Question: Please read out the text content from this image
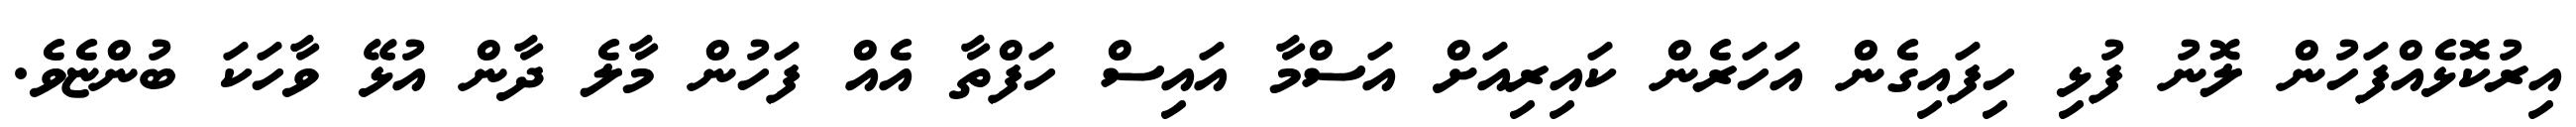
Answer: އިރުކޮޅެއްފަހުން ލޮނު ފުޅި ހިފައިގެން އަހަރެން ކައިރިއަށް އަސްމާ އައިސް ހަފްތާ އެއް ފަހުން މާލެ ދާން އުޅޭ ވާހަކަ ބުންޏެވެ.